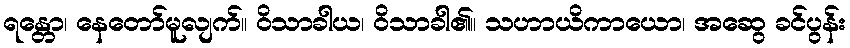
ရန္တော၊ နေတော်မူလျက်။ ဝိသာခါယ၊ ဝိသာခါ၏။ သဟာယိကာယော၊ အဆွေ ခင်ပွန်း